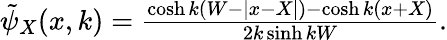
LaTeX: \begin{array}{r}{\tilde{\psi}_{X}(x,k)=\frac{\cosh k(W-|x-X|)-\cosh k(x+X)}{2k\sinh kW}.}\end{array}